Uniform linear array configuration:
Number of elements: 64
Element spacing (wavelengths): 0.25
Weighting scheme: hann
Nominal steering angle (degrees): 15
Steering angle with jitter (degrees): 15.144
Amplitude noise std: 0.05
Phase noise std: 0.05

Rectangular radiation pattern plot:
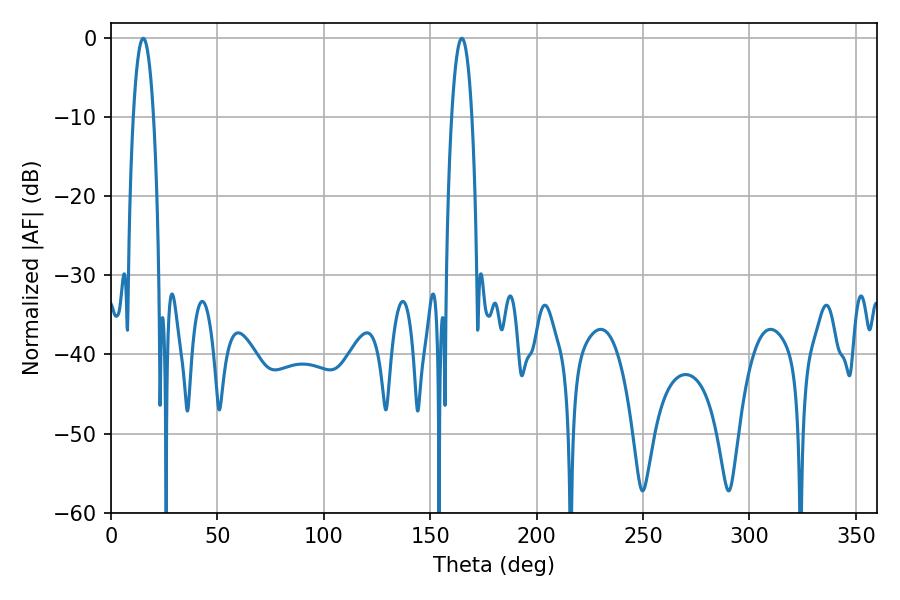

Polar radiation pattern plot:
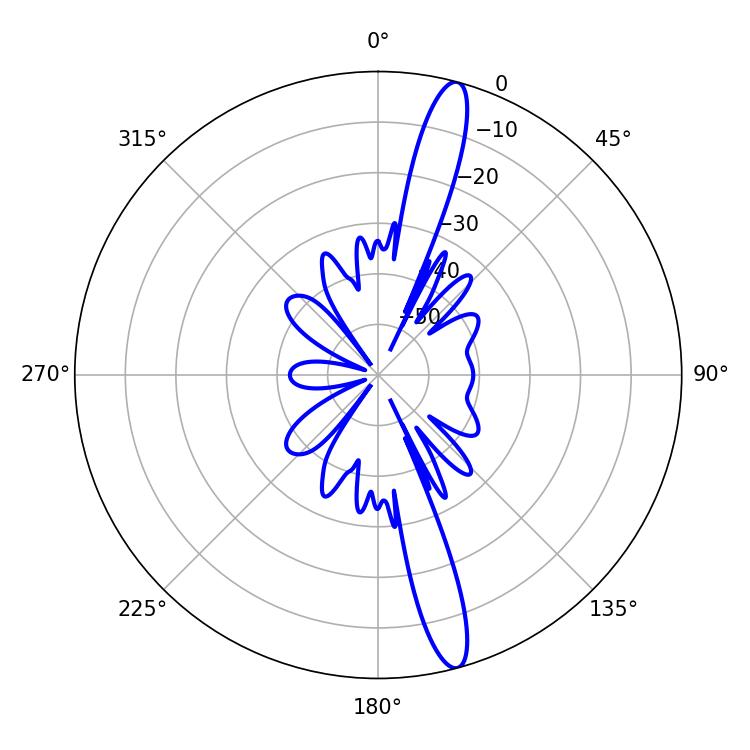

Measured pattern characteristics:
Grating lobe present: FALSE
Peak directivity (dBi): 15.85
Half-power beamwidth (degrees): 5.22
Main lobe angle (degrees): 15.12